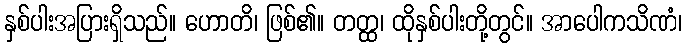
နှစ်ပါးအပြားရှိသည်။ ဟောတိ၊ ဖြစ်၏။ တတ္ထ၊ ထိုနှစ်ပါးတို့တွင်။ အာပေါကသိဏံ၊